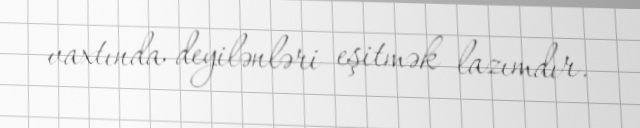
vaxtında deyilənləri eşitmək lazımdır.